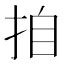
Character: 𭠪